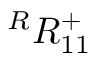
{ } ^ { R } { R } _ { 1 { 1 } } ^ { + }